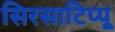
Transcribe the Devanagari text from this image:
सिरसाटिप्पू